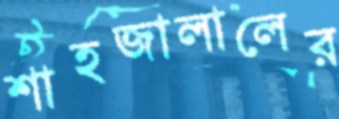
শাহজালালের